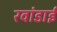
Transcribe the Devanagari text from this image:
रवांडाई